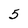
Character: 5